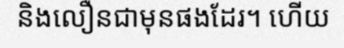
និងលឿនជាមុនផងដែរ។ ហើយ